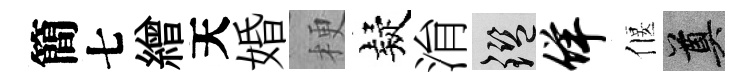
簡七繒天婚梗疑㳙鑒佯偃奠